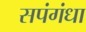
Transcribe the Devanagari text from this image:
सपंगंधा